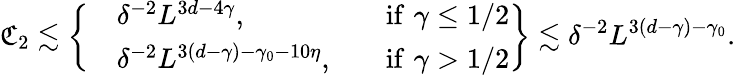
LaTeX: \mathfrak C_{2}\lesssim\left\{ \begin{array}{rlrl}&{\delta^{-2}L^{3d-4\gamma},}&&{\mathrm{if}\, \, \gamma\leq 1/2}\\ &{\delta^{-2}L^{3(d-\gamma)-\gamma_{0}-10\eta},}&&{\mathrm{if}\, \, \gamma>1/2}\end{array}\right\} \lesssim\delta^{-2}L^{3(d-\gamma)-\gamma_{0}}.